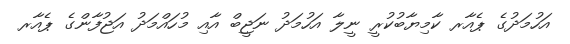
އަހުމަދުގެ ޕެއާރ ކާމިޔާބުކުރީ ނީލާ އަހުމަދު ނަޖީބް އާއި މުހައްމަދު އަޖުފާންގެ ޕެއާރ